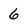
Character: 6